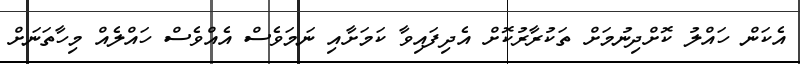
އެކަން ހައްލު ކޮށްދިނުމަށް ތަކުރާރުކޮށް އެދިފައިވާ ކަމަށާއި ނަމަވެސް އެއްވެސް ހައްލެއް މިހާތަނަށް